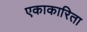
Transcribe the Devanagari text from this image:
एकाकारिता